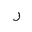
Letter: _ra